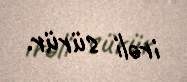
irəli sürür.